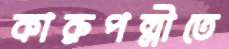
কারুপল্লীতে